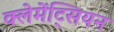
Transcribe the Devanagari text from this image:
क्लेमेंट्सियन